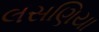
લસણિયા